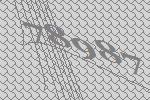
78987